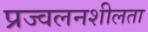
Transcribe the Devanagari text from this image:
प्रज्वलनशीलता